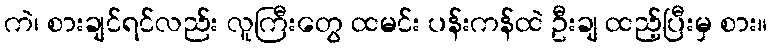
ကဲ၊ စားချင်ရင်လည်း လူကြီးတွေ ထမင်း ပန်းကန်ထဲ ဦးချ ထည့်ပြီးမှ စား။